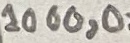
Text: 1000,0